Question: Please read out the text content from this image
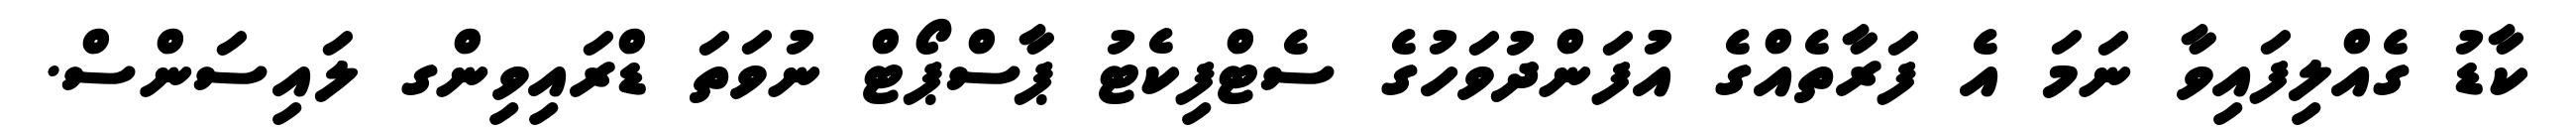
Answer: ކާޑު ގެއްލިފައިވާ ނަމަ އެ ފަރާތެއްގެ އުފަންދުވަހުގެ ސެޓްފިކެޓު ޕާސްޕޯޓް ނުވަތަ ޑްރައިވިންގ ލައިސަންސް.